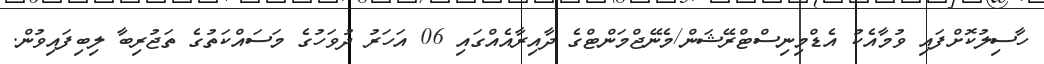
ހާސިލުކޮށްފައި ވުމާއެކު އެޑްމިނިސްޓްރޭޝަން/މެނޭޖްމަންޓްގެ ދާއިރާއެއްގައި 06 އަހަރު ދުވަހުގެ މަސައްކަތުގެ ތަޖުރިބާ ލިބިފައިވުން.